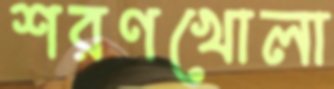
শরণখোলা